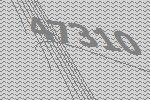
47310